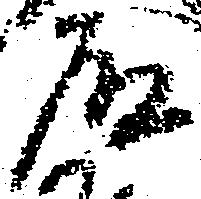
道